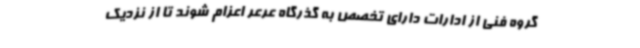
گروه فنی از ادارات دارای تخصص به گذرگاه عرعر اعزام شوند تا از نزدیک